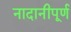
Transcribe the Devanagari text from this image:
नादानीपूर्ण